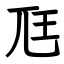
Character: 尫